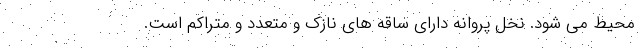
محیط می شود. نخل پروانه دارای ساقه های نازک و متعدد و متراکم است.